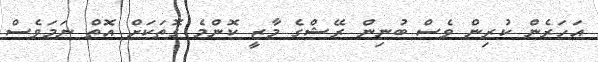
އަހަރެން ކުރިން ވެސް ބުނިން ރޭޝްގެ މާޒީ ކޮންމެ ގޮތަކަށް އޮތް ނަމަވެސް